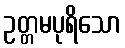
ဥတ္တမပုရိသော